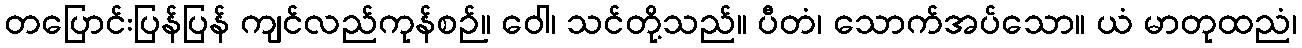
တပြောင်းပြန်ပြန် ကျင်လည်ကုန်စဉ်။ ဝေါ၊ သင်တို့သည်။ ပီတံ၊ သောက်အပ်သော။ ယံ မာတုထညံ၊